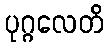
ပုဂ္ဂလေတိ